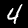
Label: 4